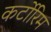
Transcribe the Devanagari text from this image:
कर्टोरिम